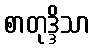
စာတုဒ္ဒိသာ